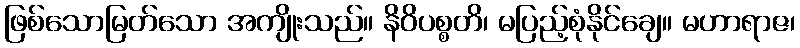
ဖြစ်သောမြတ်သော အကျိုးသည်။ နိဝိပစ္စတိ၊ မပြည့်စုံနိုင်ချေ။ မဟာရာဇ၊